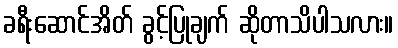
ခရီးဆောင်အိတ် ခွင့်ပြုချက် ဆိုတာသိပါသလား။